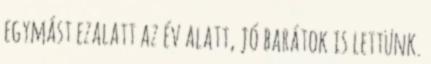
egymást ezalatt az év alatt, jó barátok is lettünk.